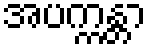
အပက္ကန္တာ